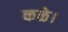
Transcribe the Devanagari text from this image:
कळे।